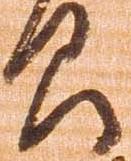
間